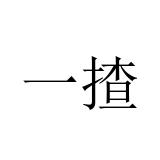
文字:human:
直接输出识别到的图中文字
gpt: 一揸